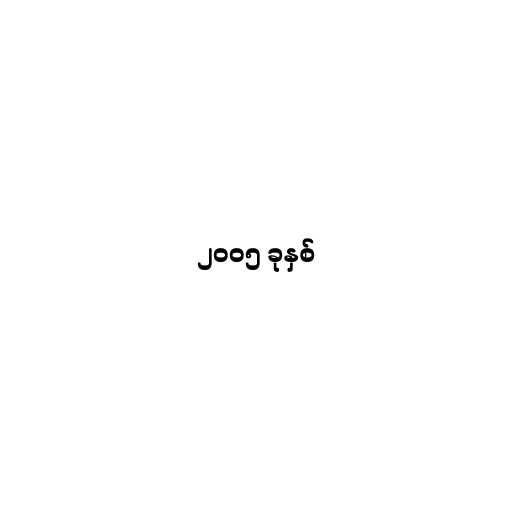
၂၀၀၅ ခုနှစ်